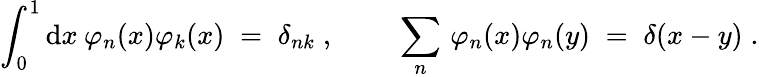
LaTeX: \int_{0}^{1}\mathrm{d}x\: \varphi_{n}(x)\varphi_{k}(x)\; =\; \delta_{nk}\; ,\qquad\; \sum_{n}\, \varphi_{n}(x)\varphi_{n}(y)\; =\; \delta(x-y)\; .